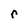
Character: r